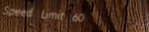
Speed Limit 60